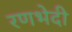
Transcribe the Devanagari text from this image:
रणभेदी